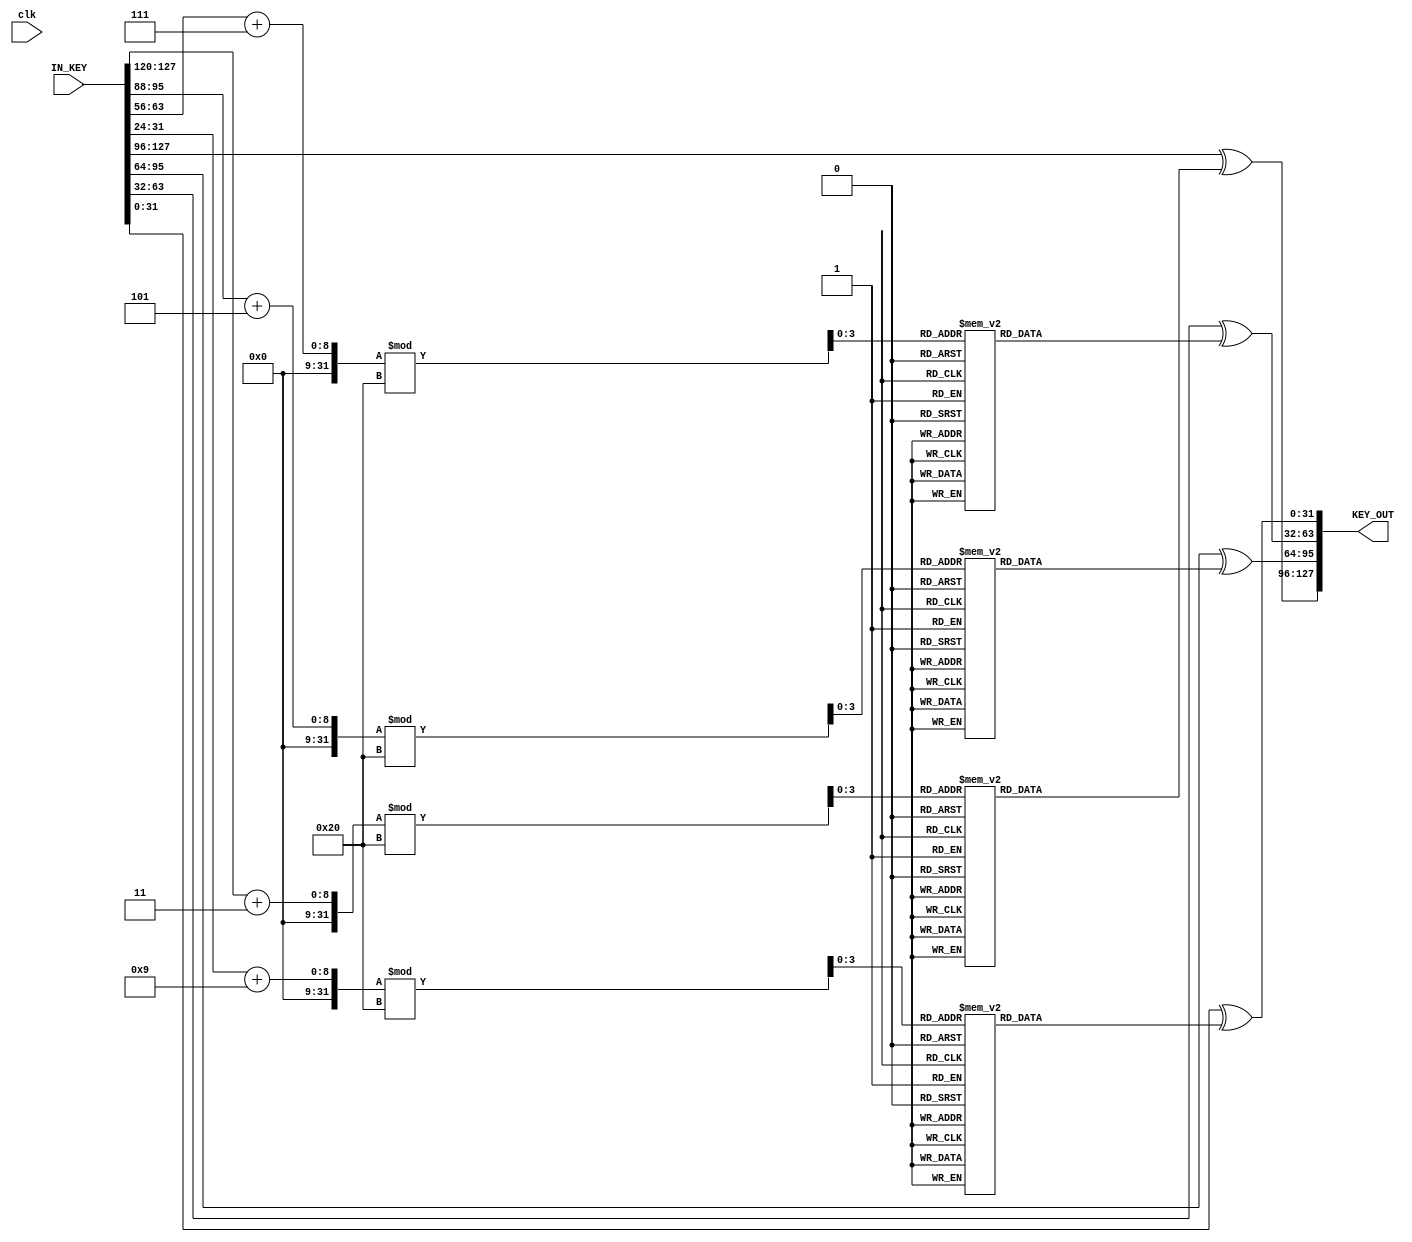
module KEY_MODIFY_PART(
  input clk,
  input [127:0] IN_KEY,
  output [127:0] KEY_OUT
);
  wire [127:0] perm_key;
  wire [31:0] w0_tmp,w1_tmp,w2_tmp,w3_tmp,w0,w1,w2,w3;

  assign w0_tmp = IN_KEY[127:96];
  assign w1_tmp = IN_KEY[95:64];
  assign w2_tmp = IN_KEY[63:32];
  assign w3_tmp = IN_KEY[31:0];
  assign w0 = w0_tmp ^ RCON((w0_tmp[31:24] + 3)%32); 
  assign w1 = w1_tmp ^ RCON((w1_tmp[31:24] + 5)%32); 
  assign w2 = w2_tmp ^ RCON((w2_tmp[31:24] + 7)%32); 
  assign w3 = w3_tmp ^ RCON((w3_tmp[31:24] + 9)%32); 
  assign KEY_OUT = {w0,w1,w2,w3};
  function [31:0] RCON;
        input [3:0] ROUND_KEY;
        case (ROUND_KEY)
            4'h0: RCON = 32'h01_00_00_00;
            4'h1: RCON = 32'h02_00_00_00;
            4'h2: RCON = 32'h04_00_00_00;
            4'h3: RCON = 32'h08_00_00_00;
            4'h4: RCON = 32'h10_00_00_00;
            4'h5: RCON = 32'h20_00_00_00;
            4'h6: RCON = 32'h40_00_00_00;
            4'h7: RCON = 32'h80_00_00_00;
            4'h8: RCON = 32'h1b_00_00_00;
            4'h9: RCON = 32'h36_00_00_00;
            default: RCON = 32'h00_00_00_00;
        endcase
    endfunction
endmodule